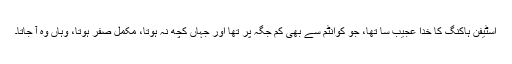
اسٹیفن ہاکنگ کا خدا عجیب سا تھا، جو کوانٹم سے بھی کم جگہ پر تھا اور جہاں کچھ نہ ہوتا، مکمل صفر ہوتا، وہاں وہ آ جاتا۔